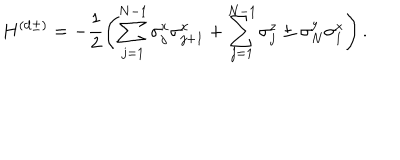
LaTeX: H ^ { ( \mathrm { d } \pm ) } = - \frac { 1 } { 2 } \left( \sum _ { j = 1 } ^ { N - 1 } \sigma _ { j } ^ { x } \sigma _ { j + 1 } ^ { x } + \sum _ { j = 1 } ^ { N - 1 } \sigma _ { j } ^ { z } \pm \sigma _ { N } ^ { y } \sigma _ { 1 } ^ { x } \right) .